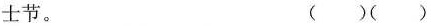
士节。（）（）